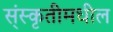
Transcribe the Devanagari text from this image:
स्ंस्कृतीमधील